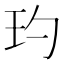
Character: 玓